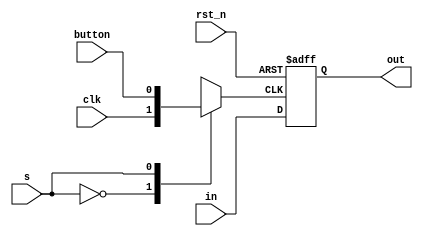
module REG8_v2(clk,rst_n,in,out,s,button);
parameter N=8;
input [N-1:0] in;
input clk,rst_n,s,button;
output [N-1:0] out;
reg clk_wire;
reg [N-1:0] out;
always @ (*)
begin
    case(s)
    1'b0:clk_wire <= clk;
    1'b1:clk_wire <= button;
    endcase
end
always @ (posedge clk_wire or negedge rst_n)
begin
    if(!rst_n) out <= {N{1'b0}};
    else out <= in;
end
endmodule